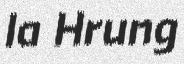
Ia Hrung